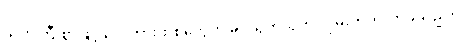
သတိကြီးစွာဖြင့် လှေကားထစ်တွေကို ခပ်သွက်သွက် လှမ်းတက်လာခဲ့သည်။